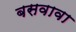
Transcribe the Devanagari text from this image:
बसवावा